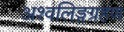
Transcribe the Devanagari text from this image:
अश्वलिङ्गग्रहण